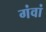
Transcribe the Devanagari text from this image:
गंवां